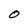
Character: O